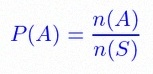
P(A)=\frac{n(A)}{n(S)}